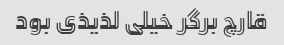
قارچ برگر خیلی لذیذی بود